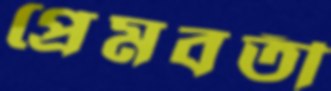
প্রেমবতী